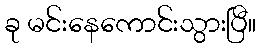
ခု မင်းနေကောင်းသွားပြီ။